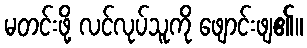
မတင်းဖို့ လင်လုပ်သူကို ဖျောင်းဖျ၏။